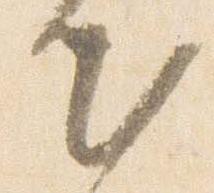
出